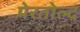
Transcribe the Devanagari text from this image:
पेरतोल्द